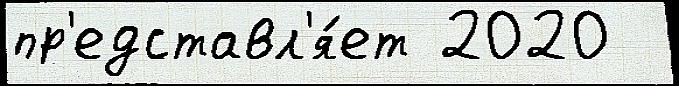
пр'едставл'я́ет 2020